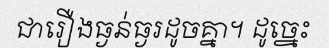
ជារឿងធ្ងន់ធ្ងរដូចគ្នា។ ដូច្នេះ